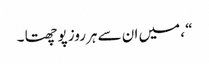
“ ، میں ان سے ہرروز پوچھتا ۔